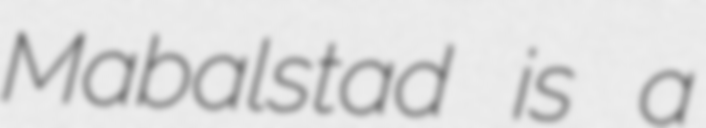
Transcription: Mabalstad is a